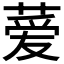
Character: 𫉁